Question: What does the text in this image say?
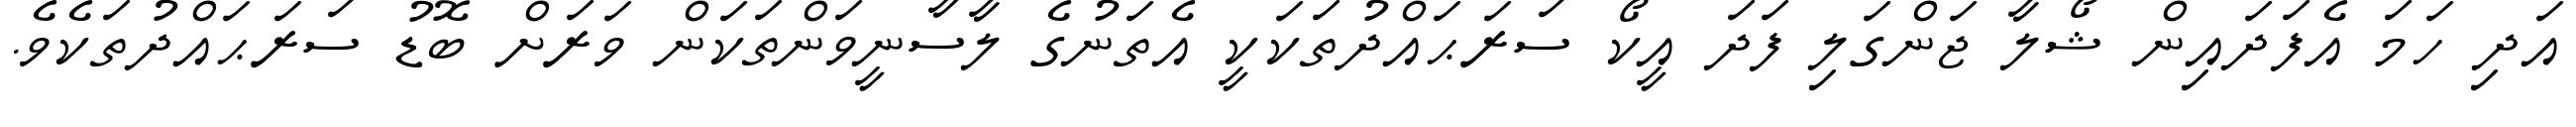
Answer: އަދި ހަމަ އެފަދައިން ޝޯލާ ޖަންގަލި ފަދަ އީކޯ ސަރަޙައްދުތަކަކީ އެތަނުގެ ލާސާނީވަންތަކަން ވަރަށް ބޮޑު ސަރަޙައްދުތަކެވެ.